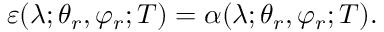
\varepsilon ( \lambda ; \theta _ { r } , \varphi _ { r } ; T ) = \alpha ( \lambda ; \theta _ { r } , \varphi _ { r } ; T ) \mathrm { . }